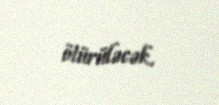
ötürüləcək.